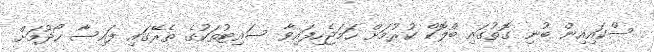
ސްކައިއިން ބުނި ގޮތުގައި ބްލޮކް ކުރުމަށް ހަމަޖެހިފައިވާ ސައިޓުތަކުގެ ތެރޭގައި ފައިސާ ހޯދުމަށް